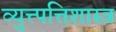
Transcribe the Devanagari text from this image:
व्युत्त्पत्तिशास्त्र